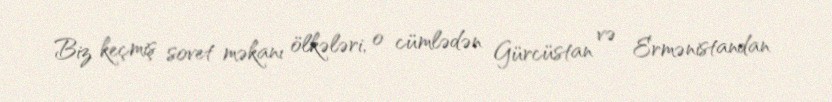
Biz keçmiş sovet məkanı ölkələri, o cümlədən Gürcüstan və Ermənistandan